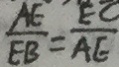
\frac { A E } { E B } = \frac { E C } { A E }